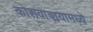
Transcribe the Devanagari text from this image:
कोशवाङ्मयामध्ये